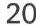
20